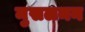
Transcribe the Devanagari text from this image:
मुसलमन